Sanitation, dispensaries and jails vaccination Rajputana 1922-1927 - 1922-1927
Year: 1922
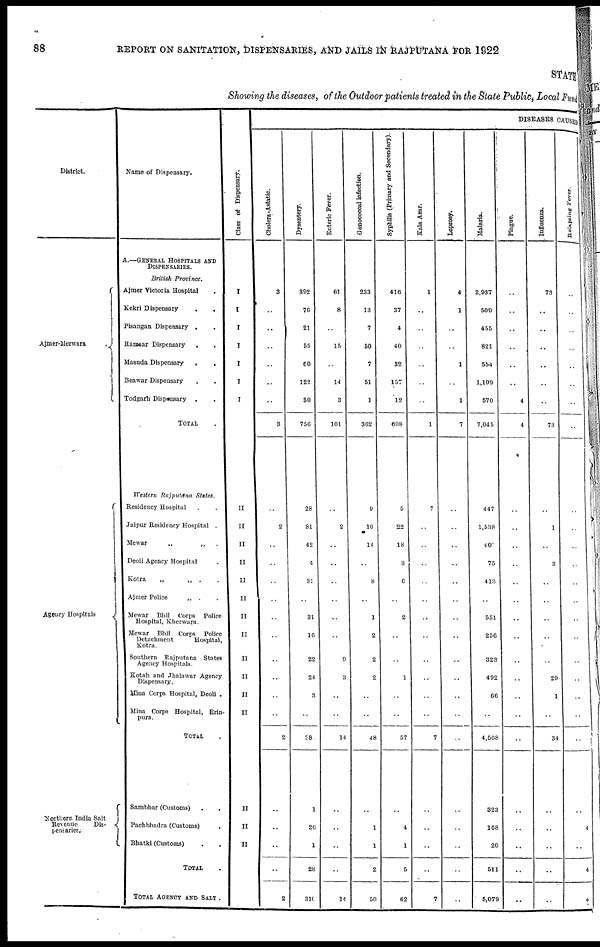
88
REPORT ON SANITATION, DISPENSARIES, AND JAILS IN RAJPUTANA FOR 1922
STATE
Showing the diseases, of the Outdoor patients treated in the State Public, Local Fund
District.
Ajmer-Merwara
.
Agency Hospitals
Northern India Salt
Revenuo
Dis-
pensaries.
Name of Dispensary.
A.—GENERAL HOSPITALS AND
DISPENSARIES.
British Province.
Ajmer Victoria Hospital .
Kekri Dispensary
..
Pisangan Dispensary ..
Ramsear Dispensary ..
Masuda Dispensary
..
Beawar Dispensary ..
Todgarh Dispensary . .
TOTAL .
Western Rajputana States.
Residency Hospital ..
Jaipur Residency Hospital .
Mewar
„
„
.
Deoli Agency Hospital .
Kotra
„
„
..
Ajmer Police
„ ..
Mewar Bhil Corps Police
Hospital, Kherwara.
Mewar Bhil Corps Police
Detachment
Hospital,
Kotra.
Southern Rajputana States
Agency Hospitals.
Kotah and Jhalawar Agency
Dispensary.
Mina Corps Hospital, Deoli .
Mina Corps Hospital, Erin-
pura.
TOTAL
.
Sambhar (Customs) ..
Pachbhadra (Customs) .
Bhatki (Customs) ..
TOTAL .
TOTAL AGENCY AND SALT.
Class of Dispensary.
I
I
I
I
I
I
I
II
II
II
II
II
II
II
II
II
II
II
II
II
II
II
DISEASES CAUSED
Cholera-Astatic.
3
..
..
..
..
..
..
3
..
2
..
..
..
..
..
..
..
..
..
..
2
..
..
..
..
2
Dysentery.
392
76
21
55
60
122
30
756
28
81
42
4
31
..
31
16
22
24
3
..
28
1
26
1
28
310
Enteric Fever.
61
8
..
15
..
14
3
101
..
2
..
..
..
..
..
..
9
3
..
..
14
..
..
..
..
14
Gonococcal infection.
233
13
7
50
7
51
1
362
9
10
14
..
8
..
1
2
2
2
..
..
48
..
1
1
2
50
Syphilis (Primary and Secondary).
416
37
4
40
32
157
12
698
5
22
18
3
6
..
2
..
..
1
..
..
57
..
4
1
5
62
Kala Azar.
1
..
..
..
..
..
..
1
7
..
..
..
..
..
..
..
..
..
..
..
7
..
..
..
..
7
Leprosy,
4
1
..
..
1
..
1
7
..
..
..
..
..
..
..
..
..
..
..
..
..
..
..
..
..
..
Malaria.
2,937
509
455
821
554
1,109
570
7,045
447
1,538
40
75
413
..
551
256
323
492
66
..
4,568
323
168
20
511
5,079
Plague.
..
..
..
..
..
..
4
4
..
..
..
..
..
..
..
..
..
..
..
..
..
..
..
..
..
..
. Influenza.
73
..
..
..
..
..
..
73
..
1
..
3
..
..
..
..
..
29
1
..
34
..
..
..
..
..
Relapsing Fever.
..
..
..
..
..
..
..
..
..
..
..
..
..
..
..
..
..
..
..
..
..
..
4
..
4
4